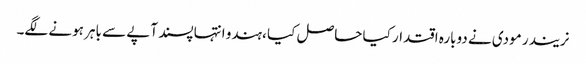
نریندر مودی نے دوبارہ اقتدار کیا حاصل کیا ،ہندو انتہا پسند آپے سے باہر ہونے لگے۔